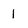
Character: 1